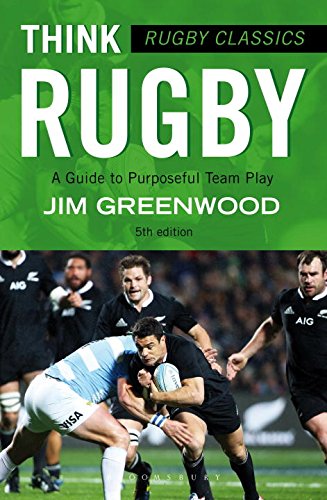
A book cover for Rugby Classics: Think Rugby: A Guide to Purposeful Team Play; Jim Greenwood; Sports & Outdoors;